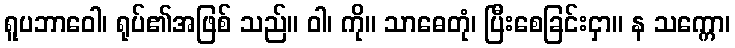
ရူပဘာဝေါ၊ ရုပ်၏အဖြစ် သည်။ ဝါ၊ ကို။ သာဓေတုံ၊ ပြီးစေခြင်းငှာ။ န သက္ကော၊